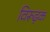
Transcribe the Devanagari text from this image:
विरूढ़क